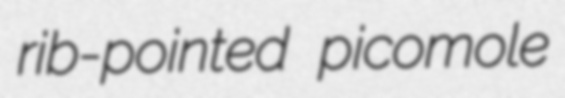
rib-pointed picomole